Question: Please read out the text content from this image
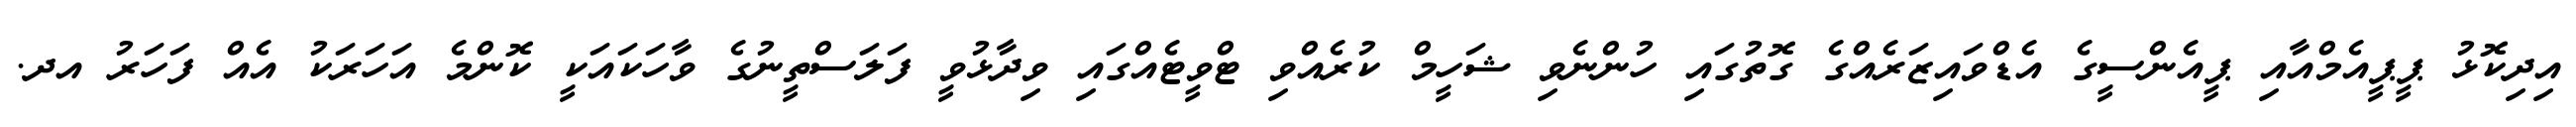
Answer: އިދިކޮޅު ޕީޕީއެމްއާއި ޕީއެންސީގެ އެޑްވައިޒަރެއްގެ ގޮތުގައި ހުންނެވި ޝަހީމް ކުރެއްވި ޓްވީޓެއްގައި ވިދާޅުވީ ފަލަސްތީނުގެ ވާހަކައަކީ ކޮންމެ އަހަރަކު އެއް ފަހަރު އދ.